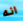
انه